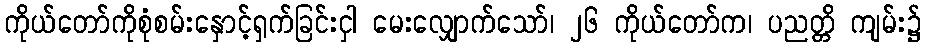
ကိုယ်တော်ကိုစုံစမ်းနှောင့်ရှက်ခြင်းငှါ မေးလျှောက်သော်၊ ၂၆ ကိုယ်တော်က၊ ပညတ္တိ ကျမ်း၌